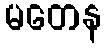
မတေန